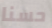
حسنا